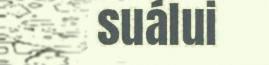
suálui